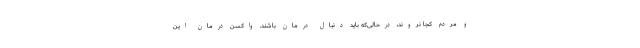
و مردم کجا نروند، درحالی‌که باید دنبال درمان باشند. واکسن درمان این